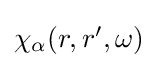
{\textstyle \chi _{\alpha }(r,r',\omega )}